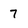
Character: 7